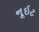
નૂઇટ